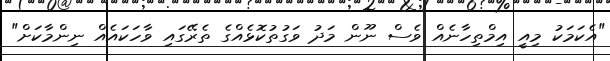
"އެކަމަކު މިއީ އިމްތިހާނެއް ވެސް ނޫން މަދު ވަގުތުކޮޅެއްގެ ތެރޭގައި ވާހަކައެއް ނިންމާކަށް"